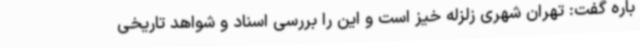
باره گفت: تهران شهری زلزله خیز است و این را بررسی اسناد و شواهد تاریخی